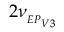
2 \nu _ { _ { E P _ { V 3 } } }